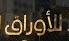
للأوراق